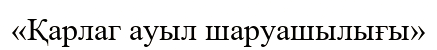
«Қарлаг ауыл шаруашылығы»